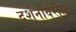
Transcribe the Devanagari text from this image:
दर्शनांवरील